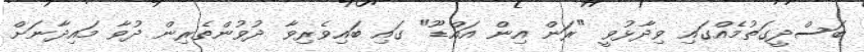
ބަސްދީގަތުމެއްގައި ވިދާޅުވީ "ރަން އިން އައްޑޫ" ގައި ބައިވެރިވާ ދުވުންތެރިން ދުވާ މައިދާނަށް